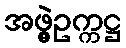
အဖွဲ့ဥက္ကဋ္ဌ